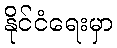
နိုင်ငံရေးမှာ